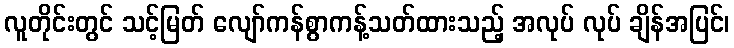
လူတိုင်းတွင် သင့်မြတ် လျော်ကန်စွာကန့်သတ်ထားသည့် အလုပ် လုပ် ချိန်အပြင်၊